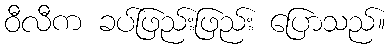
ဝီလီက ခပ်ဖြည်းဖြည်း ပြောသည်။